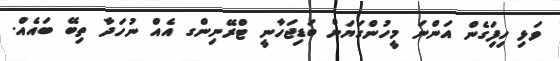
ވަޅި ހިފަިގެން އަންނަ މީހުންގަޔަށް ބަޑިޖަހާނީ ޓްރޭނިންގ އެއް ނުހަދާ ތިބޭ ބައެއް.